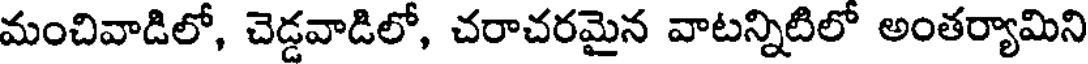
మంచివాడిలో, చెడ్డవాడిలో, చరాచరమైన వాటన్నిటిలో అంతర్యామిని